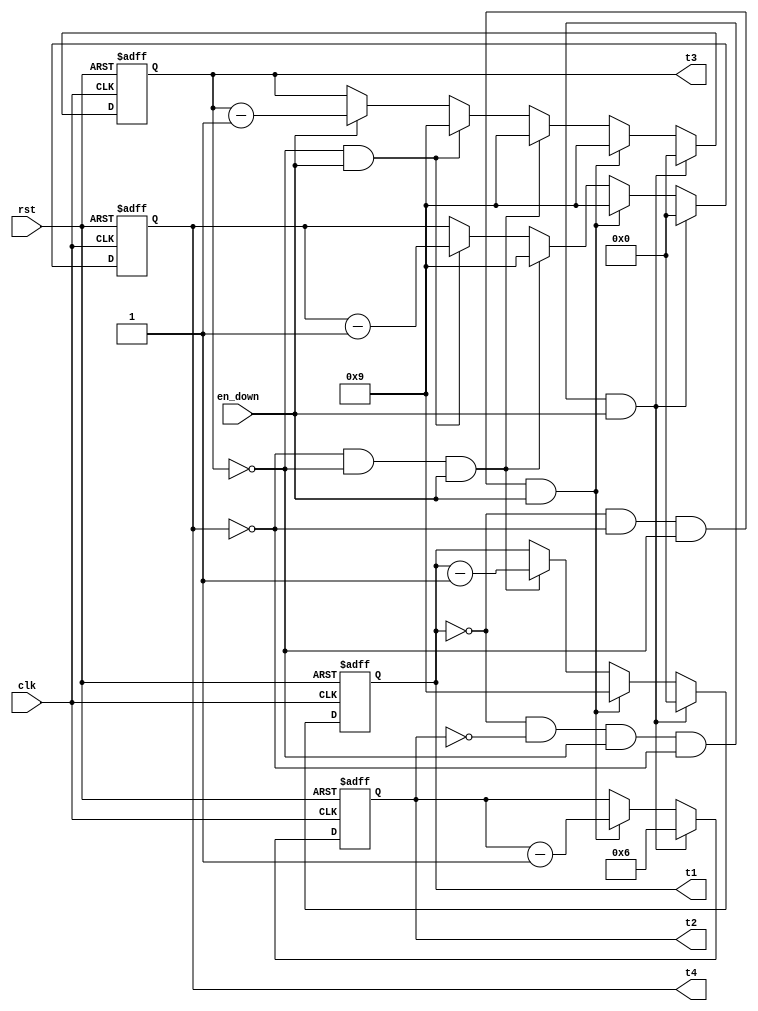
`timescale 1ns / 1ps
module cnt_down(
input clk,
input rst,
input en_down,
output reg [3:0]t1=4'b0000,//1s
output reg [3:0]t2=4'b0110,//10s
output reg [3:0]t3=4'b0000,//0.01s
output reg [3:0]t4=4'b0000//0.1s
    );
    
    always @(posedge clk or posedge rst)begin
    if(rst)begin
       t1<=4'b0000;
       t2<=4'b0110;
       t3<=4'b0000;
       t4<=4'b0000;
       end
    
     else   if(t1==0&&t2==0&&t3==0&&t4==0&&en_down==1)begin
       t1<=4'b0000;
       t2<=4'b0110;
       t3<=4'b0000;
       t4<=4'b0000;
       end
      else if(t1==0&&t4==0&&t3==0&&en_down==1)begin
       t1<=4'd9;
       t4<=4'd9;
       t3<=4'd9;
       t2<=t2-4'd1;
       end
      else if(t4==0&&t3==0&&en_down==1)begin
       t4<=4'd9;
       t3<=4'd9;
       t1<=t1-4'd1;
       end
      else if(t3==4'd0&&en_down==1)begin
       t3<=4'd9;
       t4<=t4-4'd1;
       end
    else if(en_down)
       t3<=t3-4'd1;
       end
endmodule